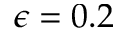
\epsilon = 0 . 2